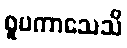
ဝူပကာသေသိ